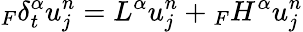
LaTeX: {}_{F}\delta_{t}^{\alpha}u_{j}^{n}=L^{\alpha}u_{j}^{n}+{}_{F}H^{\alpha}u_{j}^{n}